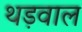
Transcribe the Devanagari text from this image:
थड़वाल